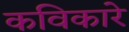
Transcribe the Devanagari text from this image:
कविकारे